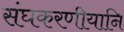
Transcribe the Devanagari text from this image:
संघकरणीयानि